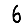
Digit: 6